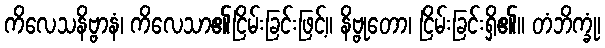
ကိလေသနိဗ္ဗာနံ၊ ကိလေသာ၏ငြိမ်းခြင်းဖြင့်။ နိဗ္ဗုတော၊ ငြိမ်းခြင်းရှိ၏။ တံဘိက္ခုံ၊